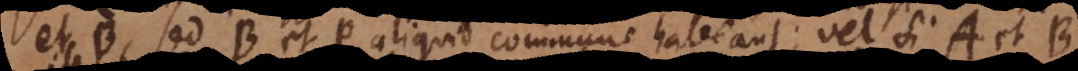
et B, sed B et P aliquid commune habeant; vel si A et B,